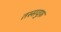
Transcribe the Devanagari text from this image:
तस्सवुफ़